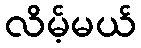
လိမ့်မယ်